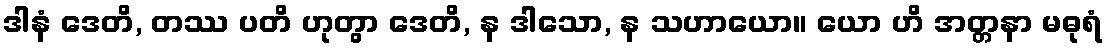
ဒါနံ ဒေတိ, တဿ ပတိ ဟုတွာ ဒေတိ, န ဒါသော, န သဟာယော။ ယော ဟိ အတ္တနာ မဓုရံ